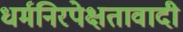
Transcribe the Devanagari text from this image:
धर्मनिरपेक्षतावादी